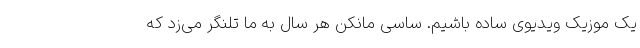
یک موزیک ویدیوی ساده باشیم. ساسی مانکن هر سال به ما تلنگر می‌زد که